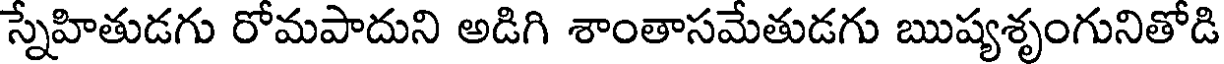
స్నేహితుడగు రోమపాదుని అడిగి శాంతాసమేతుడగు ఋష్యశృంగునితోడి